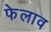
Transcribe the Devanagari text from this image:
फेलाव